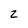
Character: 2